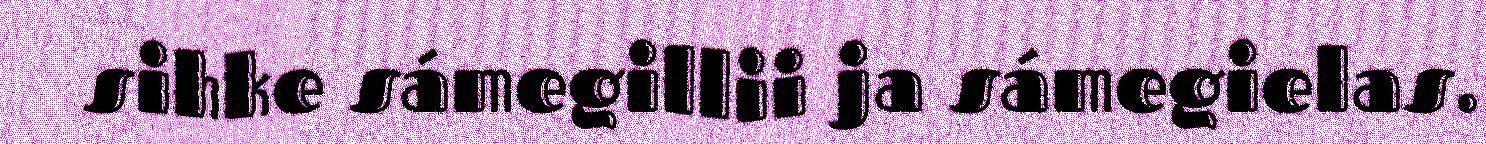
sihke sámegillii ja sámegielas.